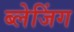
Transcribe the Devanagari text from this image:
ब्लेजिंग